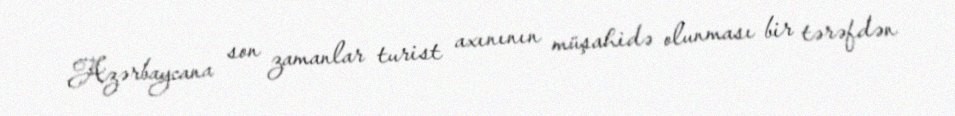
Azərbaycana son zamanlar turist axınının müşahidə olunması bir tərəfdən